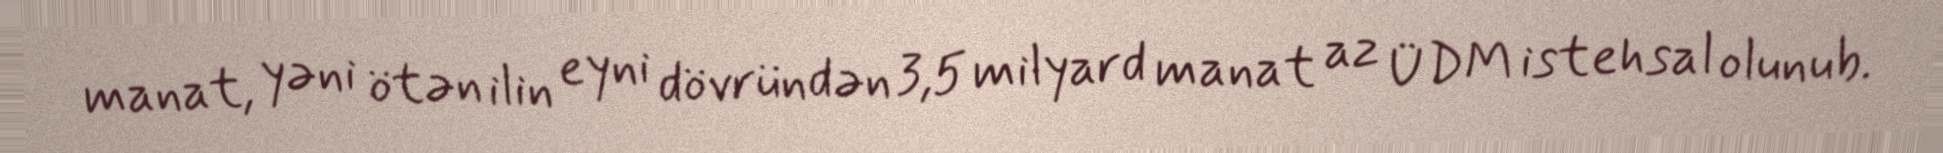
manat, yəni ötən ilin eyni dövründən 3,5 milyard manat az ÜDM istehsal olunub.